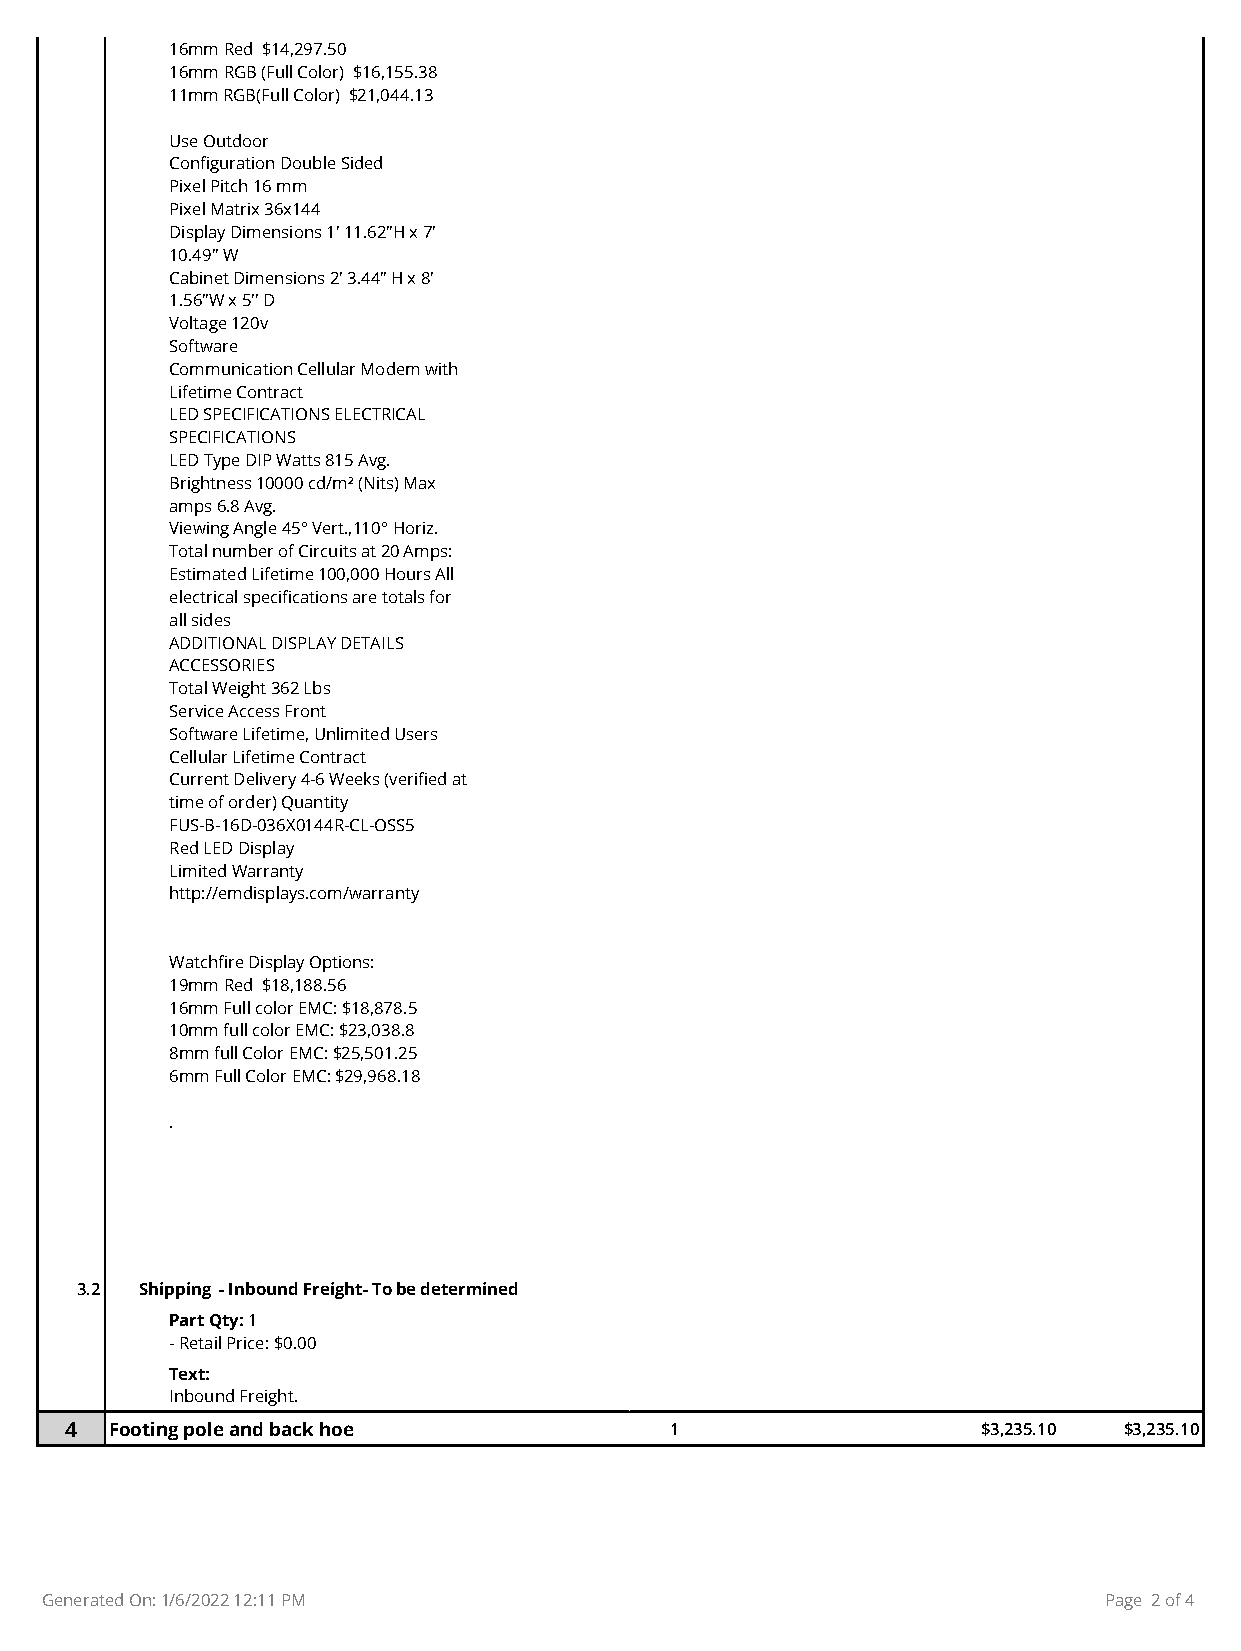
16mm Red $14,297.50
 16mm RGB (Full Color) $16,155.38
 11mm RGB(Full Color) $21,044.13
 Use Outdoor
 Configuration Double Sided
 Pixel Pitch 16 mm
 Pixel Matrix 36x144
 Display Dimensions 1' 11.62"H x 7'
 10.49" W
 Cabinet Dimensions 2' 3.44" H x 8'
 1.56"W x 5'' D
 Voltage 120v
 Software
 Communication Cellular Modem with
 Lifetime Contract
 LED SPECIFICATIONS ELECTRICAL
 SPECIFICATIONS
 LED Type DIP Watts 815 Avg.
 Brightness 10000 cd/m² (Nits) Max
 amps 6.8 Avg.
 Viewing Angle 45° Vert.,110° Horiz.
 Total number of Circuits at 20 Amps:
 Estimated Lifetime 100,000 Hours All
 electrical specifications are totals for
 all sides
 ADDITIONAL DISPLAY DETAILS
 ACCESSORIES
 Total Weight 362 Lbs
 Service Access Front
 Software Lifetime, Unlimited Users
 Cellular Lifetime Contract
 Current Delivery 4-6 Weeks (verified at
 time of order) Quantity
 FUS-B-16D-036X0144R-CL-OSS5
 Red LED Display
 Limited Warranty
 http://emdisplays.com/warranty
 Watchfire Display Options:
 19mm Red $18,188.56
 16mm Full color EMC: $18,878.5
 10mm full color EMC: $23,038.8
 8mm full Color EMC: $25,501.25
 6mm Full Color EMC: $29,968.18
 .
 3.2 Shipping - Inbound Freight- To be determined
 Part Qty: 1
 - Retail Price: $0.00
 Text:
 Inbound Freight.
 4  Footing pole and back hoe            1          $3,235.10 $3,235.10 $3,235.10
 Generated On: 1/6/2022 12:11 PM                                       Page 2 of 4